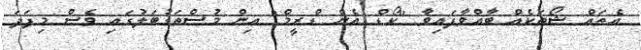
އެތައް ޝޯތަކެއް ބާއްވާފައިވާ "ކޯޑް އެން ޑްރީމް" އިން މުސްތަގުބަލުގައި ވެސް މިފަދަ